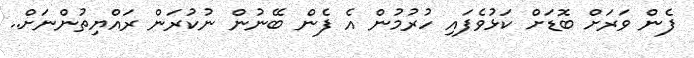
ފެން ވަރަށް ބޮޑަށް ކަޅުވެފައި ހުރުމުން އެ ފެން ބޭނުން ނުކުރަން ރައްޔިތުންނަށް..